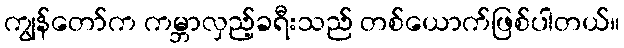
ကျွန်တော်က ကမ္ဘာလှည့်ခရီးသည် တစ်ယောက်ဖြစ်ပါတယ်။